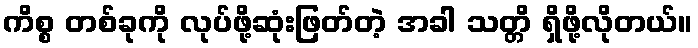
ကိစ္စ တစ်ခုကို လုပ်ဖို့ဆုံးဖြတ်တဲ့ အခါ သတ္တိ ရှိဖို့လိုတယ်။